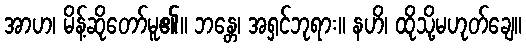
အာဟ၊ မိန့်ဆိုတော်မူ၏။ ဘန္တေ၊ အရှင်ဘုရား။ နဟိ၊ ထိုသို့မဟုတ်ချေ။